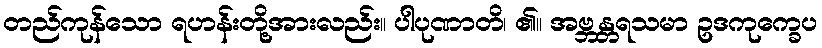
တည်ကုန်သော ရဟန်းတို့အားလည်း။ ပါပုဏာတိ၊ ၏။ အဗ္ဘန္တရသမာ ဥဒကုက္ခေပ